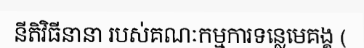
នីតិវិធីនានា របស់គណៈកម្មការទន្លេមេគង្គ (